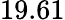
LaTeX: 19.61